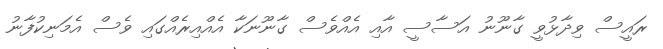
ރައީސް ވިދާޅުވީ ގާނޫނު އަސާސީ އާއި އެއްވެސް ގާނޫނަކާ އެއްއިރެއްގައި ވެސް އެމަނިކުފާނު